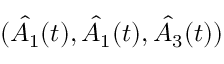
( \hat { A _ { 1 } } ( t ) , \hat { A _ { 1 } } ( t ) , \hat { A _ { 3 } } ( t ) )